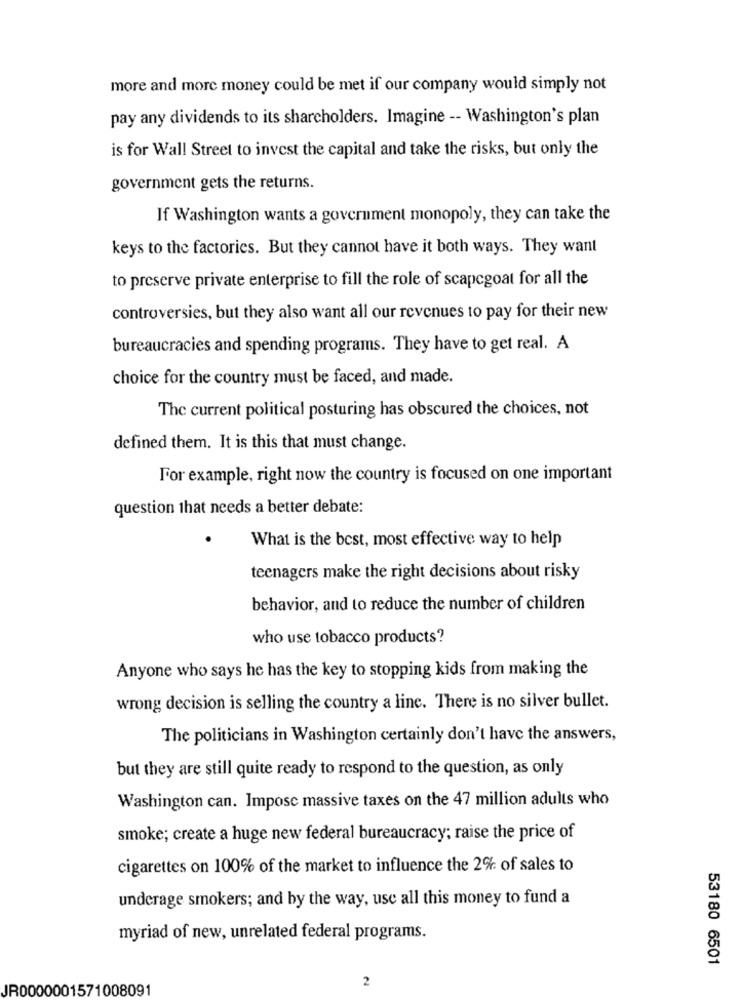
more and more money could be met if our company would simply not
pay any dividends to its shareholders. Imagine -- Washington's plan
is for Wall Street to invest the capital and take the risks, but only the
government gets the returns.
If Washington wants a government monopoly, they can take the
keys to the factories. But they cannot have it both ways. They want
to preserve private enterprise to fill the role of scapegoat for all the
controversies, but they also want all our revenues to pay for their new
bureaucracies and spending programs. They have to get real. A
choice for the country must be faced, and made.
The current political posturing has obscured the choices, not
defined them. It is this that must change.
For example, right now the country is focused on one important
question that needs a better debate:
What is the best, most effective way to help
teenagers make the right decisions about risky
behavior, and to reduce the number of children
who use tobacco products?
Anyone who says he has the key to stopping kids from making the
wrong decision is selling the country a line. There is no silver bullet.
The politicians in Washington certainly don't have the answers,
but they are still quite ready to respond to the question, as only
Washington can. Impose massive taxes on the 47 million adults who
smoke; create a huge new federal bureaucracy; raise the price of
cigarettes on 100% of the market to influence the 2% of sales to
underage smokers; and by the way, use all this money to fund a
myriad of new, unrelated federal programs.
53180 6501
2
JR0000001571008091